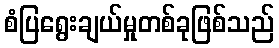
စံပြရွေးချယ်မှုတစ်ခုဖြစ်သည်